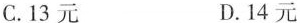
C.13元 D.14元